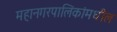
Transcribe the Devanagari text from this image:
महानगरपालिकांमधील